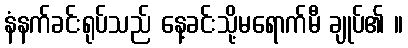
နံနက်ခင်းရုပ်သည် နေ့ခင်းသို့မရောက်မီ ချုပ်၏ ။